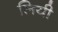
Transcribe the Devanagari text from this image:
लियी